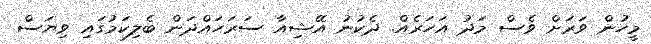
މީހުން ވަރަށް ވެސް މަދު އަހަރެއް. ދެކުނު އޭޝިއާ ސަރަހައްދަން ބެލިކަމުގައި ވިޔަސް